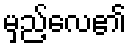
မှည့်လေ၏